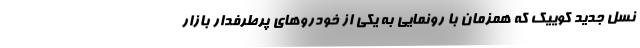
نسل جدید کوییک که همزمان با رونمایی به یکی از خودروهای پرطرفدار بازار